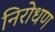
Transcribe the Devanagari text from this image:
निरोधण